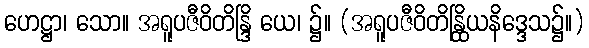
ဟေဋ္ဌာ၊ သော။ အရူပဇီဝိတိန္ဒြိ ယေ၊ ၌။ (အရူပဇီဝိတိန္ထြိယနိဒ္ဒေသ၌။)